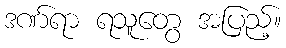
ဒဏ်ရာ ရသူတွေ အပြည့်။